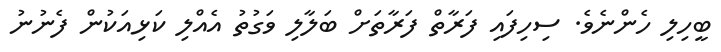
ބީހިލި ހެންނެވެ. ސިހިފައި ފަރާތް ފަރާތަށް ބަލާލި ވަގުތު އެއްލި ކަޅިއަކުން ފެނުނު